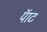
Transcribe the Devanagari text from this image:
पॅाट